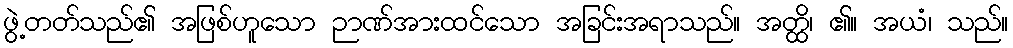
ဖွဲ့တတ်သည်၏ အဖြစ်ဟူသော ဉာဏ်အားထင်သော အခြင်းအရာသည်။ အတ္ထိ၊ ၏။ အယံ၊ သည်။